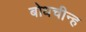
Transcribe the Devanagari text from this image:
बोधचीन्ह